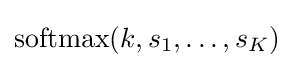
\operatorname {softmax} (k,s_{1},\ldots ,s_{K})